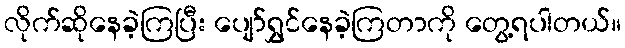
လိုက်ဆိုနေခဲ့ကြပြီး ပျော်ရွှင်နေခဲ့ကြတာကို တွေ့ရပါတယ်။